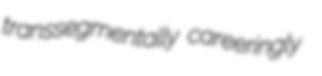
transsegmentally careeringly